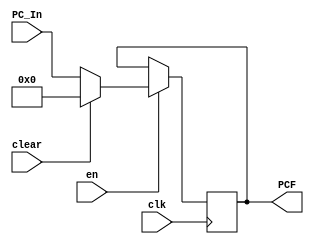
`timescale 1ns / 1ps
//////////////////////////////////////////////////////////////////////////////////
// Design Name: RISCV-Pipline CPU
// Module Name: IFSegReg
// Target Devices: Nexys4
// Tool Versions: Vivado 2017.4.1
// Description: PC Register
//////////////////////////////////////////////////////////////////////////////////
module IFSegReg(
    input wire clk,
    input wire en, clear,
    input wire [31:0] PC_In,
    output reg [31:0] PCF
    );
    initial PCF = 0;
    
    always@(posedge clk)
        if(en) begin
            if(clear)
                PCF <= 0;
            else 
                PCF <= PC_In;
        end
    
endmodule

//
    //IDSegRegIF-ID
//  
    //